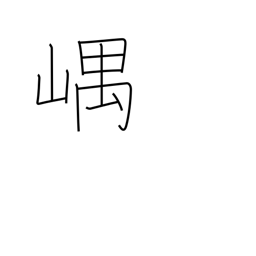
Meaning: mountain recesses